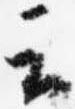
云